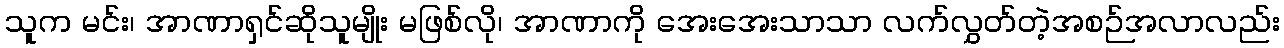
သူက မင်း၊ အာဏာရှင်ဆိုသူမျိုး မဖြစ်လို၊ အာဏာကို အေးအေးသာသာ လက်လွှတ်တဲ့အစဉ်အလာလည်း